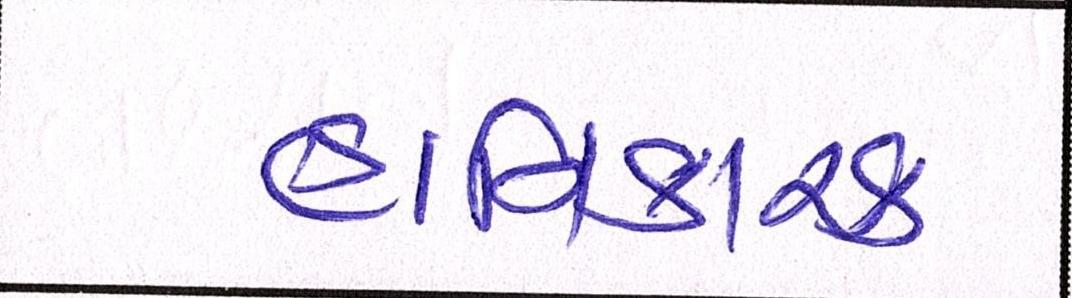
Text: હાનિકારક